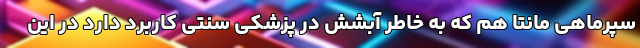
سپرماهی مانتا هم که به خاطر آبشش در پزشکی سنتی کاربرد دارد در این